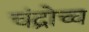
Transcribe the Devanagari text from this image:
चंद्रोच्च